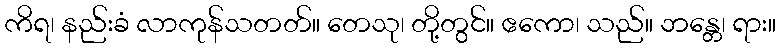
ကိရ၊ နည်းခံ လာကုန်သတတ်။ တေသု၊ တို့တွင်။ ဧကော၊ သည်။ ဘန္တေ၊ ရား။